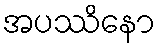
အပဿိနော